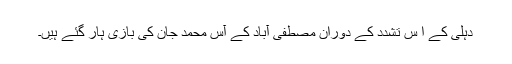
دہلی کے ا س تشدد کے دوران مصطفی ٰآباد کے آس محمد جان کی بازی ہار گئے ہیں۔